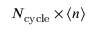
N _ { \mathrm { c y c l e } } \times \langle n \rangle